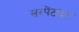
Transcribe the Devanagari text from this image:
सरपेंटाइन